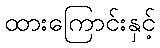
ထားကြောင်းနှင့်